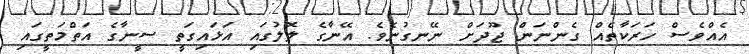
އެއްވެސް ހަރަކާތެއް ގެންނަން ޖޫދަށް ނޭނގުނެވެ. އޭނާގެ ލޮލުގައި އަޅައިގަތީ ސީނާގެ އަތްމަތީގައި